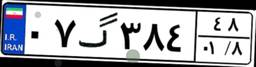
۰۷گ۳۸۴۴۸